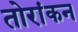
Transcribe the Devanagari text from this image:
तोरांकन